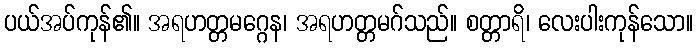
ပယ်အပ်ကုန်၏။ အရဟတ္တမဂ္ဂေန၊ အရဟတ္တမဂ်သည်။ စတ္တာရိ၊ လေးပါးကုန်သော။